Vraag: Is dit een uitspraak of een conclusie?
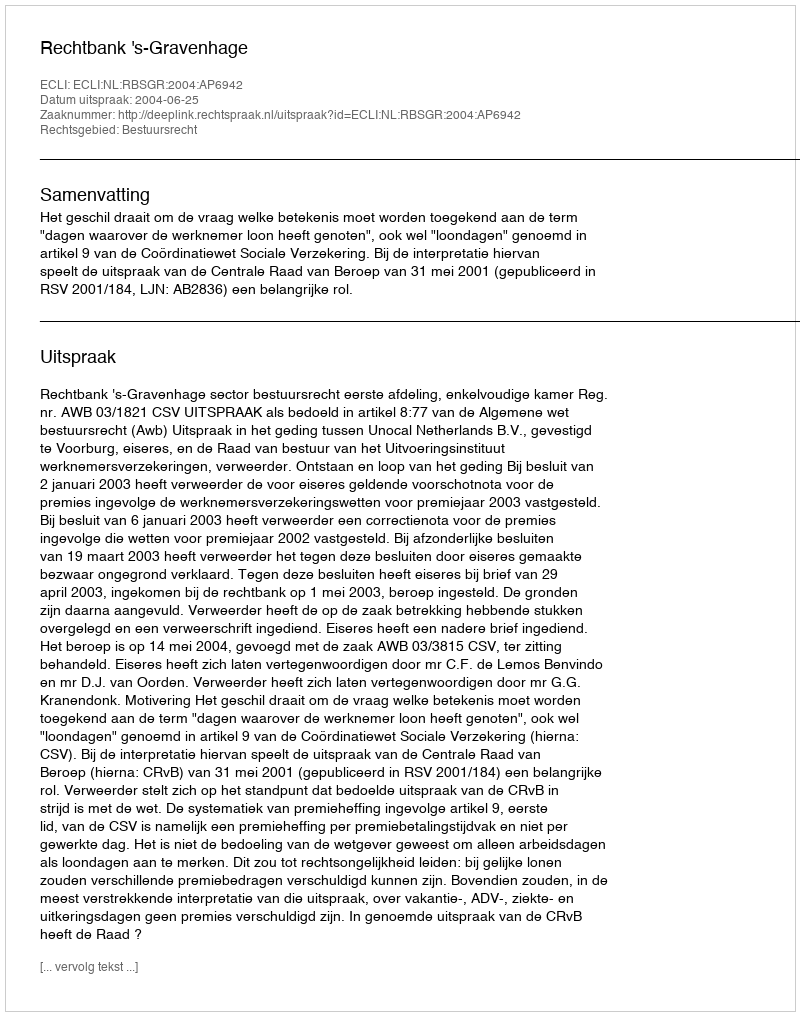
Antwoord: Uitspraak